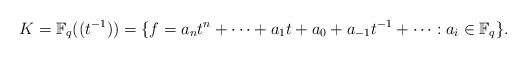
\begin{align*}K = \mathbb F_q ((t^{-1})) = \{ f = a_n t^n + \dots + a_1 t + a_0 + a_{-1} t^{-1} + \cdots : a_i \in \mathbb F_q \}.\end{align*}